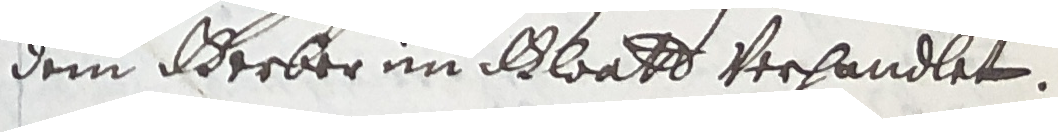
dem erber im Gloat verhandlet.